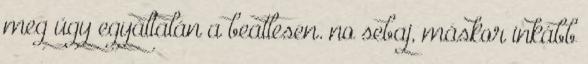
meg úgy egyáltalán a beatlesen. no sebaj, máskor inkább